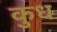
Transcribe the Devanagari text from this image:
कुध